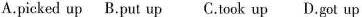
A.picked up B.put up C.took up D.got up